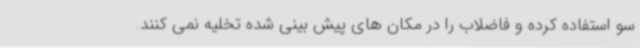
سو استفاده کرده و فاضلاب را در مکان های پیش بینی شده تخلیه نمی کنند.